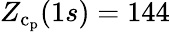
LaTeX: Z_{\mathrm{c}_{\mathrm{p}}}(1s)=144